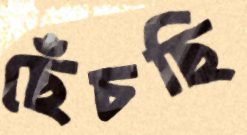
ছেঁচছি